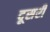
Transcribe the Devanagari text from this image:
दूसरी